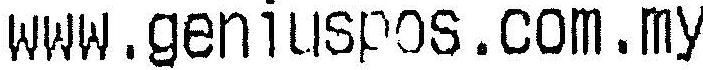
WWW.GENIUSPOS.COM.MY